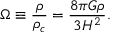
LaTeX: \Omega \equiv { \frac { \rho } { \rho _ { c } } } = { \frac { 8 \pi G \rho } { 3 H ^ { 2 } } } .